Report of the Municipal Commissioner on the plague in Bombay for the year ending 31st May... - Volume 2
Disease focus: Plague
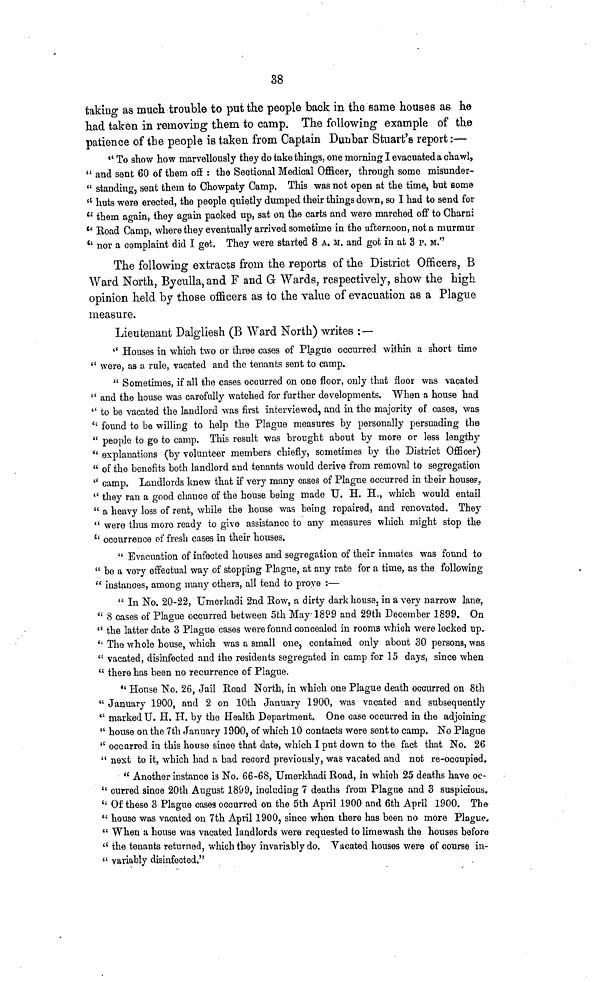
38
taking as much trouble to put the people back in the same houses as he
had taken in removing them to camp. The following example of the
patience of the people is taken from Captain Dunbar Stuart's report:—
" To show how marvellously they do take things, one morning I evacuated a chawl,
" and sent 60 of them off : the Sectional Medical Officer, through some misunder-
" standing, sent them to Chowpaty Camp, This was not open at the time, but some
" huts were erected, the people quietly dumped their things down, so I had to send for
" them again, they again packed up, sat on the carts and were marched off to Charm
" Road Camp, where they eventually arrived sometime in the afternoon, not a murmur
'' nor a complaint did I get. They were started 8 A. M. and got in at 3 p. M."
The following extracts from the reports of the District Officers, B
Ward North, Byculla, and F and G Wards, respectively, show the high
opinion held by those officers as to the value of evacuation as a Plague
measure.
Lieutenant Dalgiiesh (B Ward North) writes : —
" Houses in which two or three cases of Plague occurred within a short time
" were, as a rule, vacated and the tenants sent to camp.
" Sometimes, if all the cases occurred on one floor, only that floor was vacated
" and the house was carefully watched for further developments. When a house had
" to be vacated the landlord was first interviewed, and in the majority of cases, was
" found to be willing to help the Plague measures by personally persuading the
" people to go to camp. This result was brought about by more or less lengthy
" explanations (by volunteer members chiefly, sometimes by the District Officer)
" of the benefits both landlord and tenants would derive from removal to segregation
" camp. Landlords knew that if very many cases of Plague occurred in their house,
" they ran a good chance of the house being made U. H. H., which would entail
" a heavy loss of rent, while the house was being repaired, and renovated. They
" were thus more ready to give assistance to any measures which might stop the
" occurrence of fresh cases in their houses.
" Evacuation of infected houses and segregation of their inmates was found to
" be a very effectual way of stopping Plague, at any rate for a time, as the following
" instances, among many others, all tend to prove :—
" In No. 20-22, Umerkadi 2nd Row, a dirty dark house, in a very narrow lane,
" 8 cases of Plague occurred between 5th May 1899 and 29th December 1899. On
" the latter date 3 Plague cases were found concealed in rooms which were locked up,
" The whole house, which was a small one, contained only about 30 persons, was
" vacated, disinfected and the residents segregated in camp for 15 days, since when
" there has been no recurrence of Plague.
" House No. 26, Jail Road North, in which one Plague death occurred on 8th
" January 1900, and 2 on 10th January 1900, was vacated and subsequently
" marked U. H. H. by the Health Department. One case occurred in the adjoining
" house on the 7th January 1900, of which 10 contacts were sent to camp. No Plague
" occurred in this house since that date, which I put down to the fact that No. 26
" next to it, which had a bad record previously, was vacated and not re-occupied.
" Another instance is No. 66-68, Umerkhadi Road, in which 25 deaths have oc-
" curred since 20th August 1899, including 7 deaths from Plague and 3 suspicious.
" Of these 3 Plague cases occurred on the 5th April 1900 and 6th April 1900. The
" house was vacated on 7th April 1900, since when there has been no more Plague.
" When a house was vacated landlords were requested to limewash the houses before
"the tenants returned, which they invariably do. Vacated houses were of course in-
" variably disinfected."